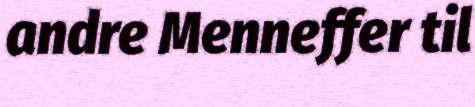
andre Menneffer til